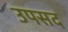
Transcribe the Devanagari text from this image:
उपसद